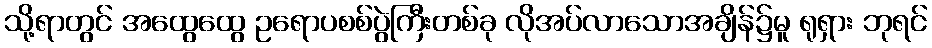
သို့ရာတွင် အထွေထွေ ဥရောပစစ်ပွဲကြီးတစ်ခု လိုအပ်လာသောအချိန်၌မူ ရုရှား ဘုရင်